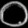
Digit: ၀